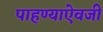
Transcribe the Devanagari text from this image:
पाहण्याऐवजी